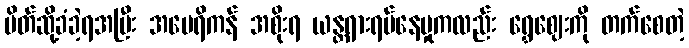
ပိတ်ဆို့ခံခဲ့ရအပြီး အမေရိကန် အစိုးရ ယန္တရားရပ်နေမှုကလည်း ရွှေဈေးကို တက်စေတဲ့